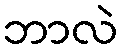
ဘာလဲ